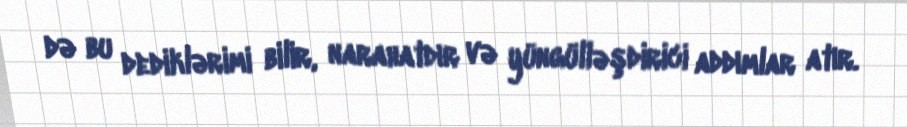
də bu dediklərimi bilir, narahatdır və yüngülləşdirici addımlar atır.